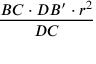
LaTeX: \frac { B C \cdot D B ^ { \prime } \cdot r ^ { 2 } } { D C }